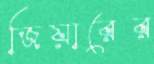
জিয়ারের